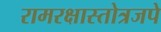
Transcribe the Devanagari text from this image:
रामरक्षास्तोत्रजपे